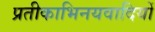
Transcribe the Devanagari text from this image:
प्रतीकाभिनयवादियों